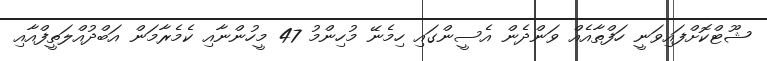
ޝޫޓްކޮށްފައިވަނީ ހަފްތާއެއް ވަންދެން އެސީންގައި ހިމެނޭ މުހިންމު 47 މީހުންނާއި ކެމެރާމަން އަބްދުއްލަތީފްއާއި